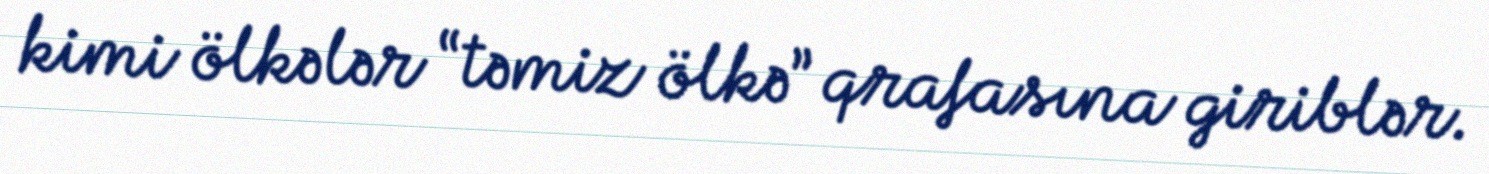
kimi ölkələr “təmiz ölkə” qrafasına giriblər.